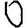
Digit: 0